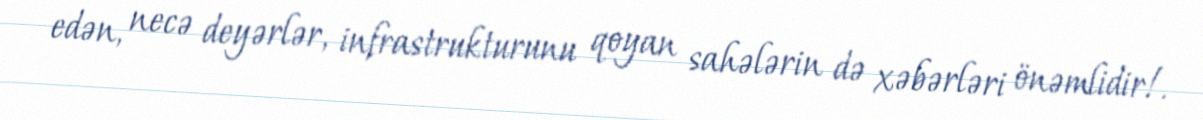
edən, necə deyərlər, infrastrukturunu qoyan sahələrin də xəbərləri önəmlidir!.